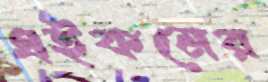
এইকমের